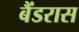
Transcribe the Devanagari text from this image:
बैंडरास